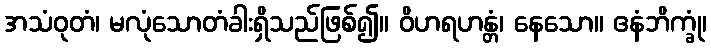
အသံဝုတံ၊ မလုံသောတံခါးရှိသည်ဖြစ်၍။ ဝိဟရဟန္တံ၊ နေသော။ ဧနံဘိက္ခုံ၊